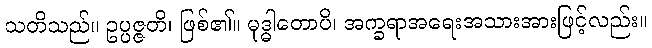
သတိသည်။ ဥပ္ပဇ္ဇတိ၊ ဖြစ်၏။ မုဒ္ဓါတောပိ၊ အက္ခရာအရေးအသားအားဖြင့်လည်း။